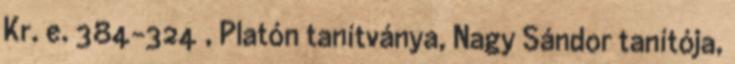
Kr. e. 384–324 , Platón tanítványa, Nagy Sándor tanítója,